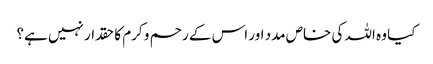
کیا وہ اللہ کی خاص مدد اور اس کے رحم و کرم کا حقدار نہیں ہے؟